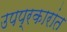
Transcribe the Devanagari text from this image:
उपप्रकारांत